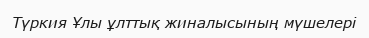
Түркия Ұлы ұлттық жиналысының мүшелері